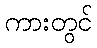
ကားတွင်